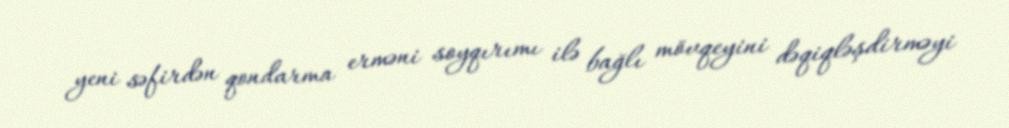
yeni səfirdən qondarma erməni soyqırımı ilə bağlı mövqeyini dəqiqləşdirməyi